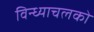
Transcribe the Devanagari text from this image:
विन्ध्याचलको